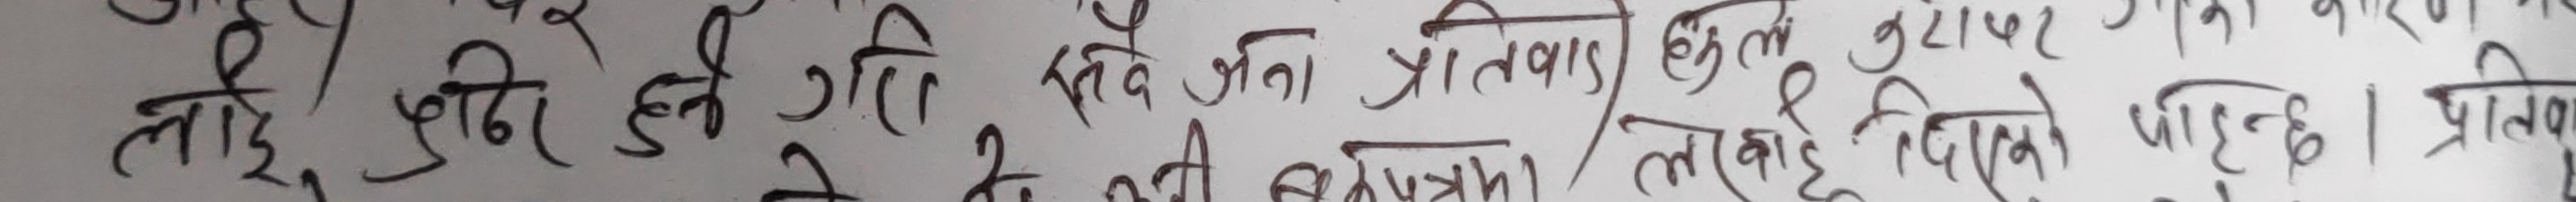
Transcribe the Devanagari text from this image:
लागि शुद्धि हुने गरी सदैव जनहितका प्रतिवाद हुनुपर्छ। कारण यसले राम्रो सन्देश दिइरहेको पाइँदैन। प्रतिवाद